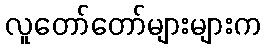
လူတော်တော်များများက